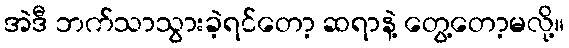
အဲဒီ ဘက်သာသွားခဲ့ရင်တော့ ဆရာနဲ့ တွေ့တော့မလို့။